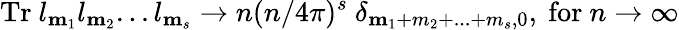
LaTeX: \mathrm{Tr}~l_{\mathbf m_{1}}l_{\mathbf m_{2}}...l_{\mathbf m_{s}}\rightarrow n(n/4\pi)^{s}~\delta_{\mathbf m_{1}+m_{2}+...+m_{s},0},~\mathrm{for}~n\rightarrow\infty